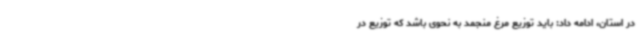
در استان، ادامه داد: باید توزیع مرغ منجمد به نحوی باشد که توزیع در